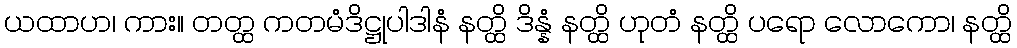
ယထာဟ၊ ကား။ တတ္ထ ကတမံဒိဋ္ဌုပါဒါနံ နတ္ထိ ဒိန္နံ နတ္ထိ ဟုတံ နတ္ထိ ပရော လောကော၊ နတ္ထိ